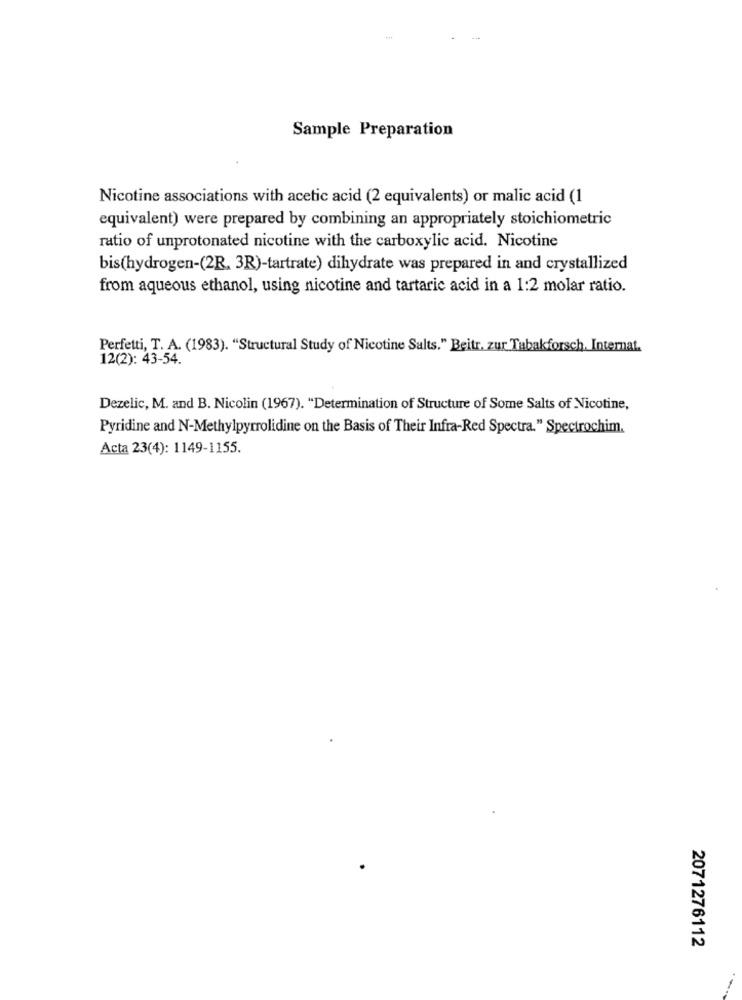
Sample Preparation
Nicotine associations with acetic acid (2 equivalents) or malic acid (1
equivalent) were prepared by combining an appropriately stoichiometric
ratio of unprotonated nicotine with the carboxylic acid. Nicotine
bis(hydrogen-(2R. 3R)-tartrate) dihydrate was prepared in and crystallized
from aqueous ethanol, using nicotine and tartaric acid in a 1:2 molar ratio.
Perfetti, T. A. (1983). "Structural Study of Nicotine Salts." Beitr. zur Tabakforsch, Internat.
12(2): 43-54.
Dezelic, M. and B. Nicolin (1967). "Determination of Structure of Some Salts of Nicotine,
Pyridine and N-Methylpyrrolidine on the Basis of Their Infra-Red Spectra." Spectrochim.
Acta 23(4): 1149-1155.
2071276112